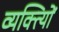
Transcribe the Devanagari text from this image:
व्यक्त्याेिं